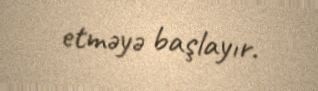
etməyə başlayır.